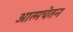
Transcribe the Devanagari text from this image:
आत्मचेतन